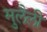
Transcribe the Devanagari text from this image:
मुलैली